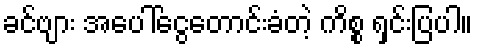
ခင်ဗျား အပေါ်ငွေတောင်းခံတဲ့ ကိစ္စ ရှင်းပြပါ။